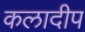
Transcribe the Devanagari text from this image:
कलादीप